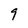
Character: q